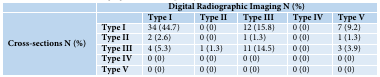
<table><thead><tr><td></td><td colspan="6"><b>Digital Radiographic Imaging N (%) </b></td></tr><tr><td></td><td></td><td><b>Type I</b></td><td><b>Type II</b></td><td><b>Type III</b></td><td><b>Type IV</b></td><td><b>Type V</b></td></tr></thead><tbody><tr><td rowspan="5">Cross-sections N (%)</td><td>Type I</td><td>34 (44.7)</td><td>0 (0)</td><td>12 (15.8)</td><td>0 (0)</td><td>7 (9.2)</td></tr><tr><td>Type II</td><td>2 (2.6)</td><td>0 (0)</td><td>1 (1.3)</td><td>0 (0)</td><td>1 (1.3)</td></tr><tr><td>Type III</td><td>4 (5.3)</td><td>1 (1.3)</td><td>11 (14.5)</td><td>0 (0)</td><td>3 (3.9)</td></tr><tr><td>Type IV</td><td>0 (0)</td><td>0 (0)</td><td>0 (0)</td><td>0 (0)</td><td>0 (0)</td></tr><tr><td>Type V</td><td>0 (0)</td><td>0 (0)</td><td>0 (0)</td><td>0 (0)</td><td>0 (0)</td></tr></tbody></table>